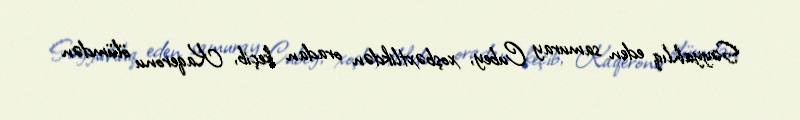
Səyyahlıq eden samuray Cubey, xoşbəxtlikdən oradan keçib, Kaqeronu ölümdən